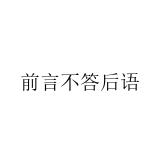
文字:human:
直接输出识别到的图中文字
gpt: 前言不答后语